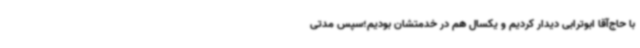
با حاج‌آقا ابوترابی دیدار کردیم و یکسال هم در خدمتشان بودیم؛سپس مدتی